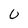
Character: 0